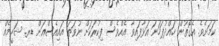
ކަމަށެވެ. އެގޮތުން ހައްދުފަހަނަ އަޅާފައިވާ އެއްވެސް ފިކުރަކަށް ނުވަތަ އައިއެސްއަށް ޑރ. ޝަހީމެއް